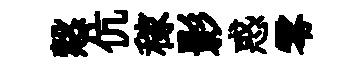
慤伉稼影惑零